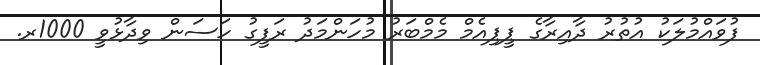
ފުވައްމުލަކު އުތުރު ދާއިރާގެ ޕީޕިއެމް މެމްބަރު މުހަންމަދު ރަފީގު ހަސަން ވިދާޅުވީ 1000ރ.